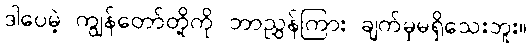
ဒါပေမဲ့ ကျွန်တော်တို့ကို ဘာညွှန်ကြား ချက်မှမရှိသေးဘူး။